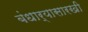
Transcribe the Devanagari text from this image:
बंधार्‍यासारखी